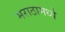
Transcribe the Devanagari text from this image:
मराठामध्ये